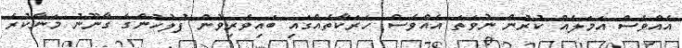
އެއްވެސް އަމަލެއް ކުރުން ނުވަތަ އެއްވެސް ހަރަކާތެއްގައި ބައިވެރިވުން ފުލުހުންގެ ގާނޫނު މަނާކުރެ